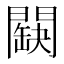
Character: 𨶏